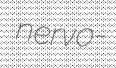
nervo-